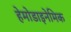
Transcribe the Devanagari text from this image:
हेमोडाइनेमिक